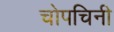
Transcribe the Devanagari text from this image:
चोपचिनी